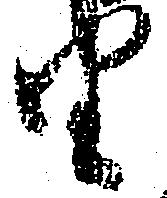
由